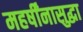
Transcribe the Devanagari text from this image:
महर्षींनासुद्धा